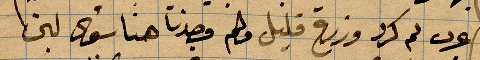
عرب ثم كرد وزرع قليل ولم وجدنا هنا سوى لبن